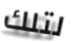
لتلك